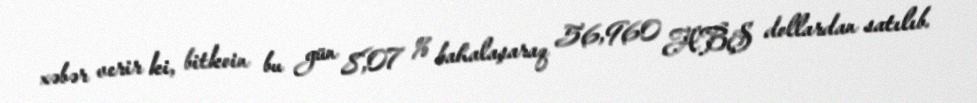
xəbər verir ki, bitkoin bu gün 8,07 % bahalaşaraq 56,960 ABŞ dollardan satılıb.